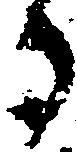
る